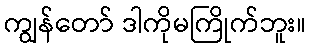
ကျွန်တော် ဒါကိုမကြိုက်ဘူး။